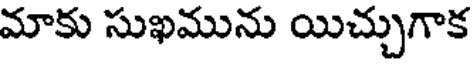
మాకు సుఖమును యిచ్చుగాక